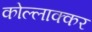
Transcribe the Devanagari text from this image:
कोल्लाक्कर